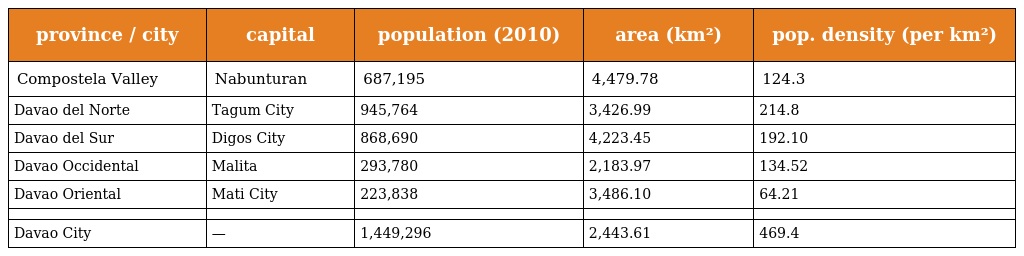
| province / city | capital | population (2010) | area (km²) | pop. density (per km²) |
 | --- | --- | --- | --- | --- |
 | Compostela Valley | Nabunturan | 687,195 | 4,479.78 | 124.3 |
 | Davao del Norte | Tagum City | 945,764 | 3,426.99 | 214.8 |
 | Davao del Sur | Digos City | 868,690 | 4,223.45 | 192.10 |
 | Davao Occidental | Malita | 293,780 | 2,183.97 | 134.52 |
 | Davao Oriental | Mati City | 223,838 | 3,486.10 | 64.21 |
 |  |  |  |  |  |
 | Davao City | — | 1,449,296 | 2,443.61 | 469.4 |